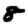
Digit: 8